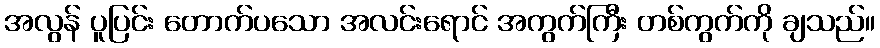
အလွန် ပူပြင်း တောက်ပသော အလင်းရောင် အကွက်ကြီး တစ်ကွက်ကို ချသည်။